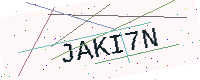
Text: JAKI7N